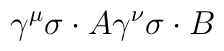
\gamma^\mu\sigma\cdot A\gamma^\nu\sigma\cdot B